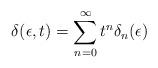
LaTeX: \begin{align*}\delta (\epsilon,t) = \sum_{n = 0}^\infty t^n \delta_n (\epsilon)\end{align*}